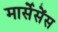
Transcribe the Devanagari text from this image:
मार्सेसेंस